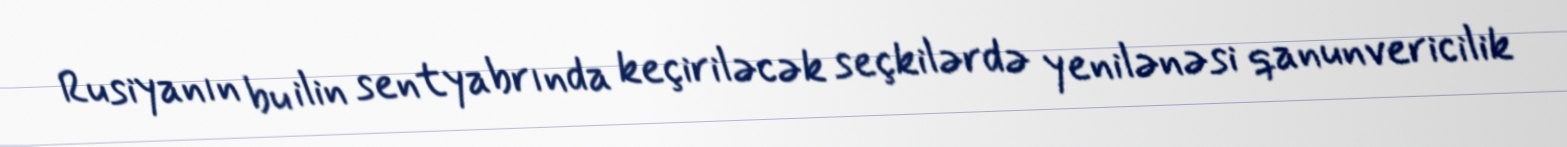
Rusiyanın bu ilin sentyabrında keçiriləcək seçkilərdə yenilənəsi qanunvericilik